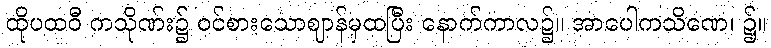
ထိုပထဝီ ကသိုဏ်း၌ ဝင်စားသောဈာန်မှထပြီး နောက်ကာလ၌။ အာပေါကသိဏေ၊ ၌။